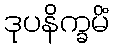
ဒုပနိက္ခမိံ